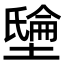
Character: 𡑘